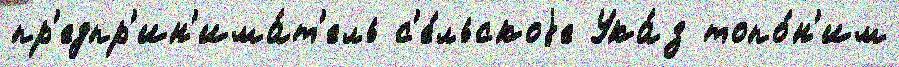
пр'едпр'ин'има́т'ель с'е́льскоjе Ука́з топо́н'им